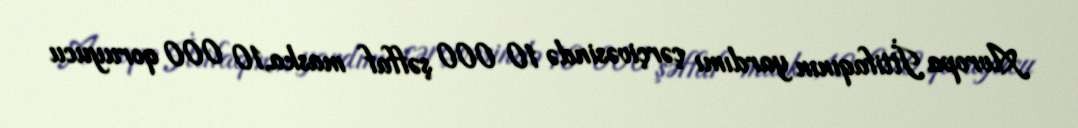
Avropa İttifaqının yardımı çərçivəsində 10 000 şəffaf maska,10 000 qoruyucu